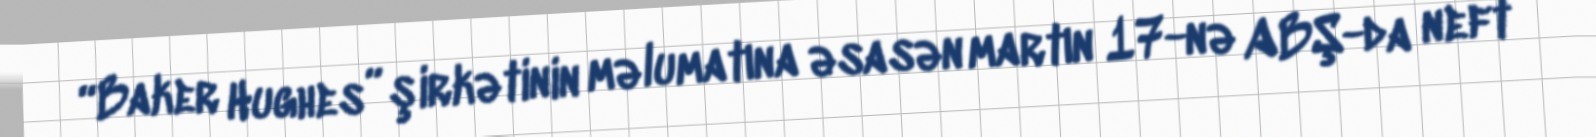
“Baker Hughes” şirkətinin məlumatına əsasən martın 17-nə ABŞ-da neft